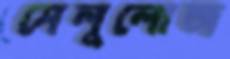
সেলুলোজ